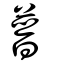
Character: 普